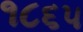
૧૮૬૫